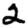
Digit: 2